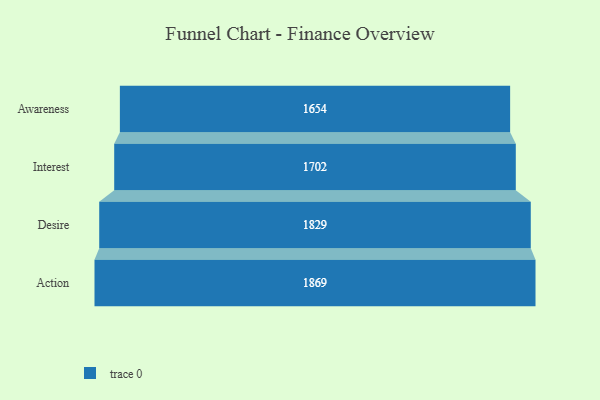
{"axis": {"x": "Stage", "y": "Value"}, "legend": [""], "data": [{"x": "Awareness", "y": 1654.0, "type": ""}, {"x": "Interest", "y": 1702.0, "type": ""}, {"x": "Desire", "y": 1829.0, "type": ""}, {"x": "Action", "y": 1869.0, "type": ""}]}